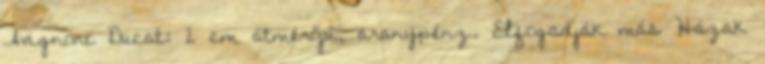
Avignoni Ducat: 2 cm átmérőjű, aranypénz. Elfogadják más Házak